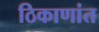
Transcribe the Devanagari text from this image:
ठिकाणांत